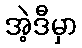
အဲ့ဒီမှာ